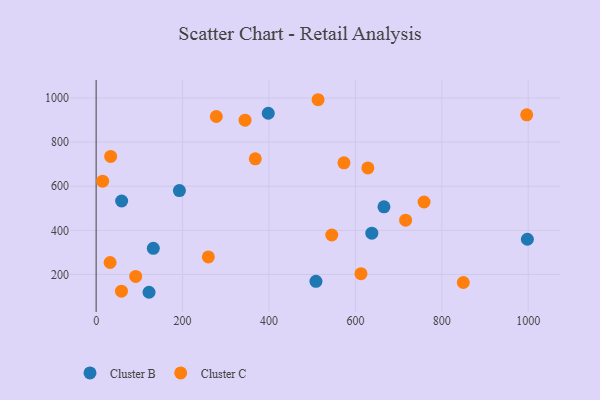
{"axis": {"x": "Experience", "y": "Rating"}, "legend": ["Cluster B", "Cluster C"], "data": [{"x": "59.0", "y": 533.0, "type": "Cluster B"}, {"x": "666.1", "y": 506.6, "type": "Cluster B"}, {"x": "998.0", "y": 359.6, "type": "Cluster B"}, {"x": "122.4", "y": 119.2, "type": "Cluster B"}, {"x": "638.0", "y": 386.9, "type": "Cluster B"}, {"x": "132.3", "y": 318.3, "type": "Cluster B"}, {"x": "192.7", "y": 580.4, "type": "Cluster B"}, {"x": "508.7", "y": 169.0, "type": "Cluster B"}, {"x": "398.3", "y": 930.7, "type": "Cluster B"}, {"x": "849.7", "y": 163.4, "type": "Cluster C"}, {"x": "716.2", "y": 446.2, "type": "Cluster C"}, {"x": "15.0", "y": 622.8, "type": "Cluster C"}, {"x": "33.6", "y": 735.0, "type": "Cluster C"}, {"x": "758.9", "y": 528.4, "type": "Cluster C"}, {"x": "32.3", "y": 254.1, "type": "Cluster C"}, {"x": "545.3", "y": 378.9, "type": "Cluster C"}, {"x": "259.6", "y": 279.5, "type": "Cluster C"}, {"x": "368.3", "y": 723.9, "type": "Cluster C"}, {"x": "58.6", "y": 124.2, "type": "Cluster C"}, {"x": "278.1", "y": 916.0, "type": "Cluster C"}, {"x": "996.4", "y": 923.4, "type": "Cluster C"}, {"x": "91.5", "y": 191.0, "type": "Cluster C"}, {"x": "628.9", "y": 682.8, "type": "Cluster C"}, {"x": "513.6", "y": 992.0, "type": "Cluster C"}, {"x": "344.6", "y": 899.3, "type": "Cluster C"}, {"x": "573.5", "y": 706.1, "type": "Cluster C"}, {"x": "612.9", "y": 203.7, "type": "Cluster C"}]}